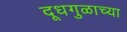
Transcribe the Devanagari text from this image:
दूधगुळाच्या